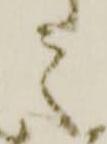
之